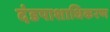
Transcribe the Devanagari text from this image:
दंडपाशाधिकरण